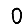
Digit: 0